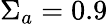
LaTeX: \Sigma_{a}=0.9